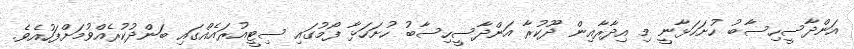
އަންދާސީހިސާބު ހުށަހަޅާނީ މި އިދާރާއިން ދޫކުރާ އަންދާސީހިސާބު ހުށަހަޅާ ފޯމުގައި ސިޓީއުރައެއްގައި ބަންދުކުރެއްވުމަށްފަހުއެވެ.